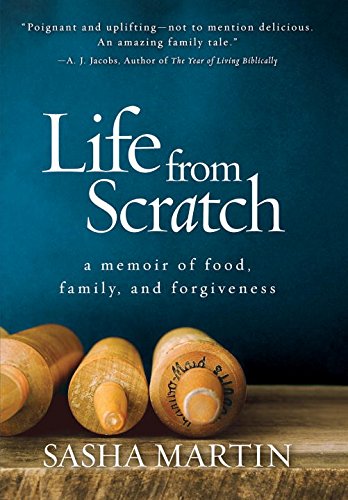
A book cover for Life From Scratch: A Memoir of Food, Family, and Forgiveness; Sasha Martin; Cookbooks, Food & Wine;